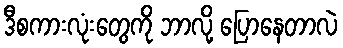
ဒီစကားလုံးတွေကို ဘာလို့ ပြောနေတာလဲ